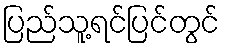
ပြည်သူ့ရင်ပြင်တွင်